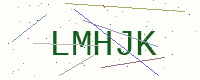
Text: LMHJK